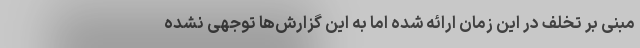
مبنی بر تخلف در این زمان ارائه شده اما به این گزارش‌ها توجهی نشده